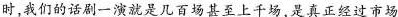
时.我们的话剧一演就是几百场甚至上千场.是真正经过市场